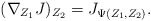
\begin{align*}(\nabla_{Z_1}J)_{Z_2}= J_{\Psi(Z_1,Z_2)}.\end{align*}